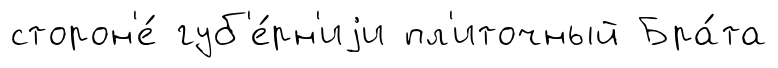
сторон'е́ губ'е́рн'иjи пл'иточный Бра́та